Scottish Leaving Certificate Examination, 1952
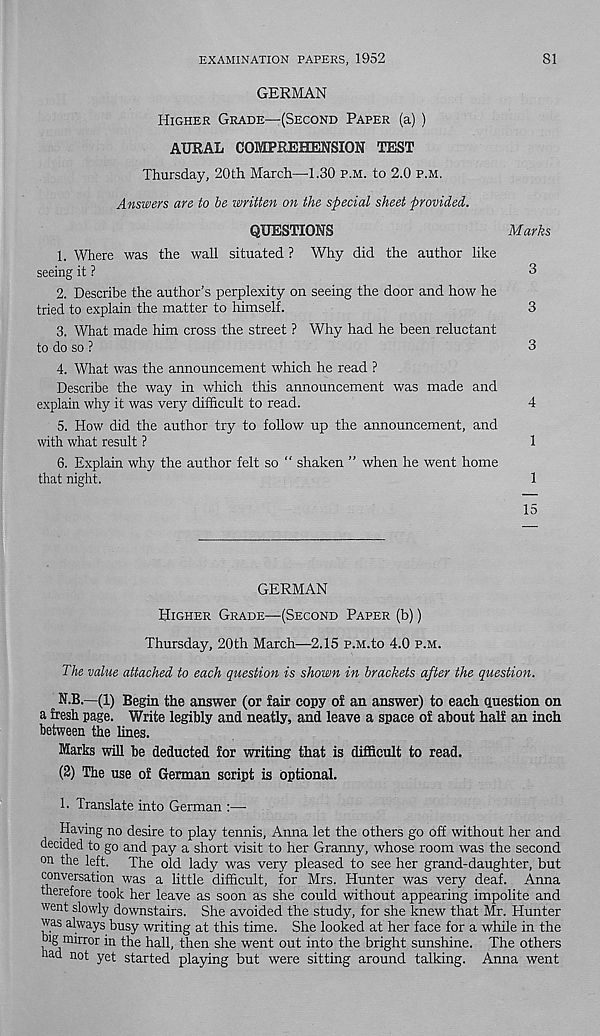
EXAMINATION PAPERS, 1952
81
GERMAN
Higher Grade—(Second Paper (a) )
AURAL COMPREHENSION TEST
Thursday, 20th March—1.30 p.m. to 2.0 p.m.
Answers are to be written on the special sheet provided.
QUESTIONS
Marks
1. Where was the wall situated ? Why did the author like
seeing it ?
3
2. Describe the author’s perplexity on seeing the door and how he
tried to explain the matter to himself.
3
3. What made him cross the street ? Why had he been reluctant
to do so ?
3
4. What was the announcement which he read ?
Describe the way in which this announcement was made and
explain why it was very difficult to read.
4
5. How did the author try to follow up the announcement, and
with what result ?
1
6. Explain why the author felt so " shaken ” when he went home
that night.
1
15
GERMAN
Higher Grade—(Second Paper (b))
Thursday, 20th March—2.15 p.M.to 4.0 p.m.
The value attached to each question is shown in brackets after the question.
N.B.—(1) Begin the answer (or fair copy of an answer) to each question on
a fresh page. Write legibly and neatly, and leave a space of about half an inch
between the lines.
Marks will be deducted for writing that is difficult to read.
(2) The use of German script is optional.
1. Translate into German :—
Having no desire to play tennis, Anna let the others go off without her and
decided to go and pay a short visit to her Granny, whose room was the second
on the left. The old lady was very pleased to see her grand-daughter, but
conversation was a little difficult, for Mrs. Hunter was very deaf. Anna
therefore took her leave as soon as she could without appearing impolite and
went slowly downstairs. She avoided the study, for she knew that Mr. Hunter
was always busy writing at this time. She looked at her face for a while in the
Dig mirror in the hall, then she went out into the bright sunshine. The others
had not yet started playing but were sitting around talking. Anna went